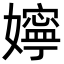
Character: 嬣